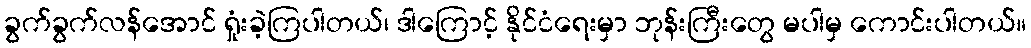
ခွက်ခွက်လန်အောင် ရှုံးခဲ့ကြပါတယ်၊ ဒါကြောင့် နိုင်ငံရေးမှာ ဘုန်းကြီးတွေ မပါမှ ကောင်းပါတယ်။